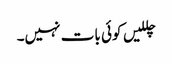
چللیں کوئی بات نہیں۔